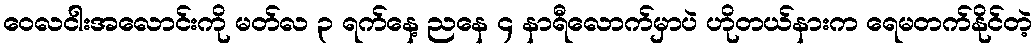
ဝေလငါးအလောင်းကို မတ်လ ၃ ရက်နေ့ ညနေ ၄ နာရီလောက်မှာပဲ ဟိုတယ်နားက ရေမတက်နိုင်တဲ့